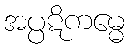
အပ္ပဋိကမ္မေ